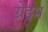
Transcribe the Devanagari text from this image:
ग्रेइम